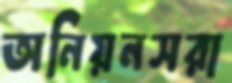
অনিয়নসরা